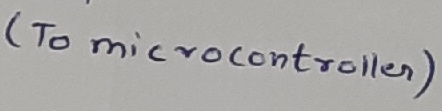
Text: (tomicrocontroller)